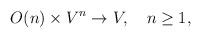
LaTeX: \begin{align*}O(n) \times V^n \rightarrow V, \quad n \geq 1,\end{align*}